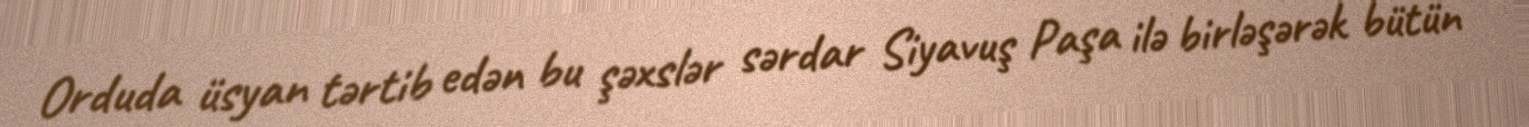
Orduda üsyan tərtib edən bu şəxslər sərdar Siyavuş Paşa ilə birləşərək bütün